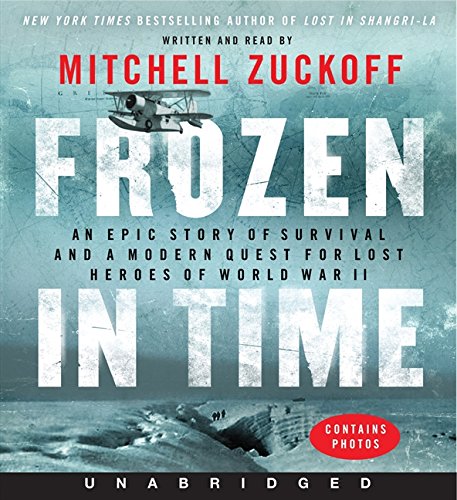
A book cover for Frozen in Time Unabridged CD; Mitchell Zuckoff; History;